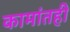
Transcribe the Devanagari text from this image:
कामांतही